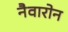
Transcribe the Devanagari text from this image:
नैवारोन